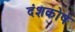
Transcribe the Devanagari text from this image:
दंशकोष